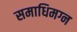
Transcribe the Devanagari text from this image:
समाधिमग्न